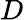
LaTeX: D